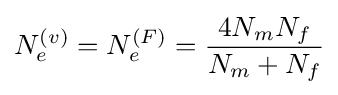
N_{e}^{(v)}=N_{e}^{(F)}={4N_{m}N_{f} \over N_{m}+N_{f}}